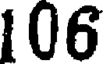
106